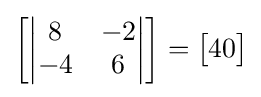
{\begin{bmatrix}{\begin{vmatrix}8&-2\\-4&6\end{vmatrix}}\end{bmatrix}}={\begin{bmatrix}40\end{bmatrix}}